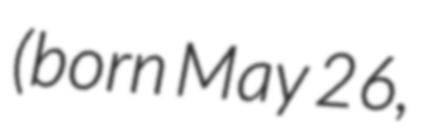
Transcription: (born May 26,